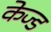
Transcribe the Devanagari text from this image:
केज्ड